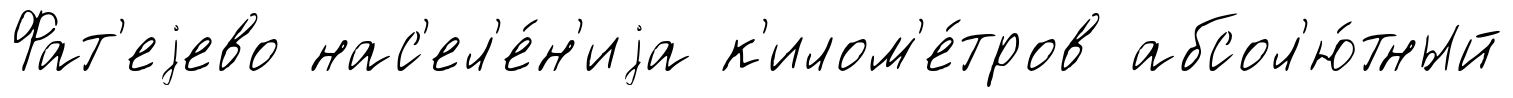
Фат'еjево нас'ел'е́н'иjа к'илом'е́тров абсол'ю́тный